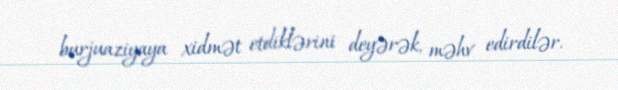
burjuaziyaya xidmət etdiklərini deyərək, məhv edirdilər.